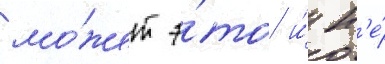
мо́жет э́то и́ н'е́